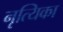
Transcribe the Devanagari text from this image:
नृत्यिका